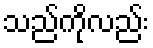
သည်ကိုလည်း